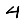
Digit: 4